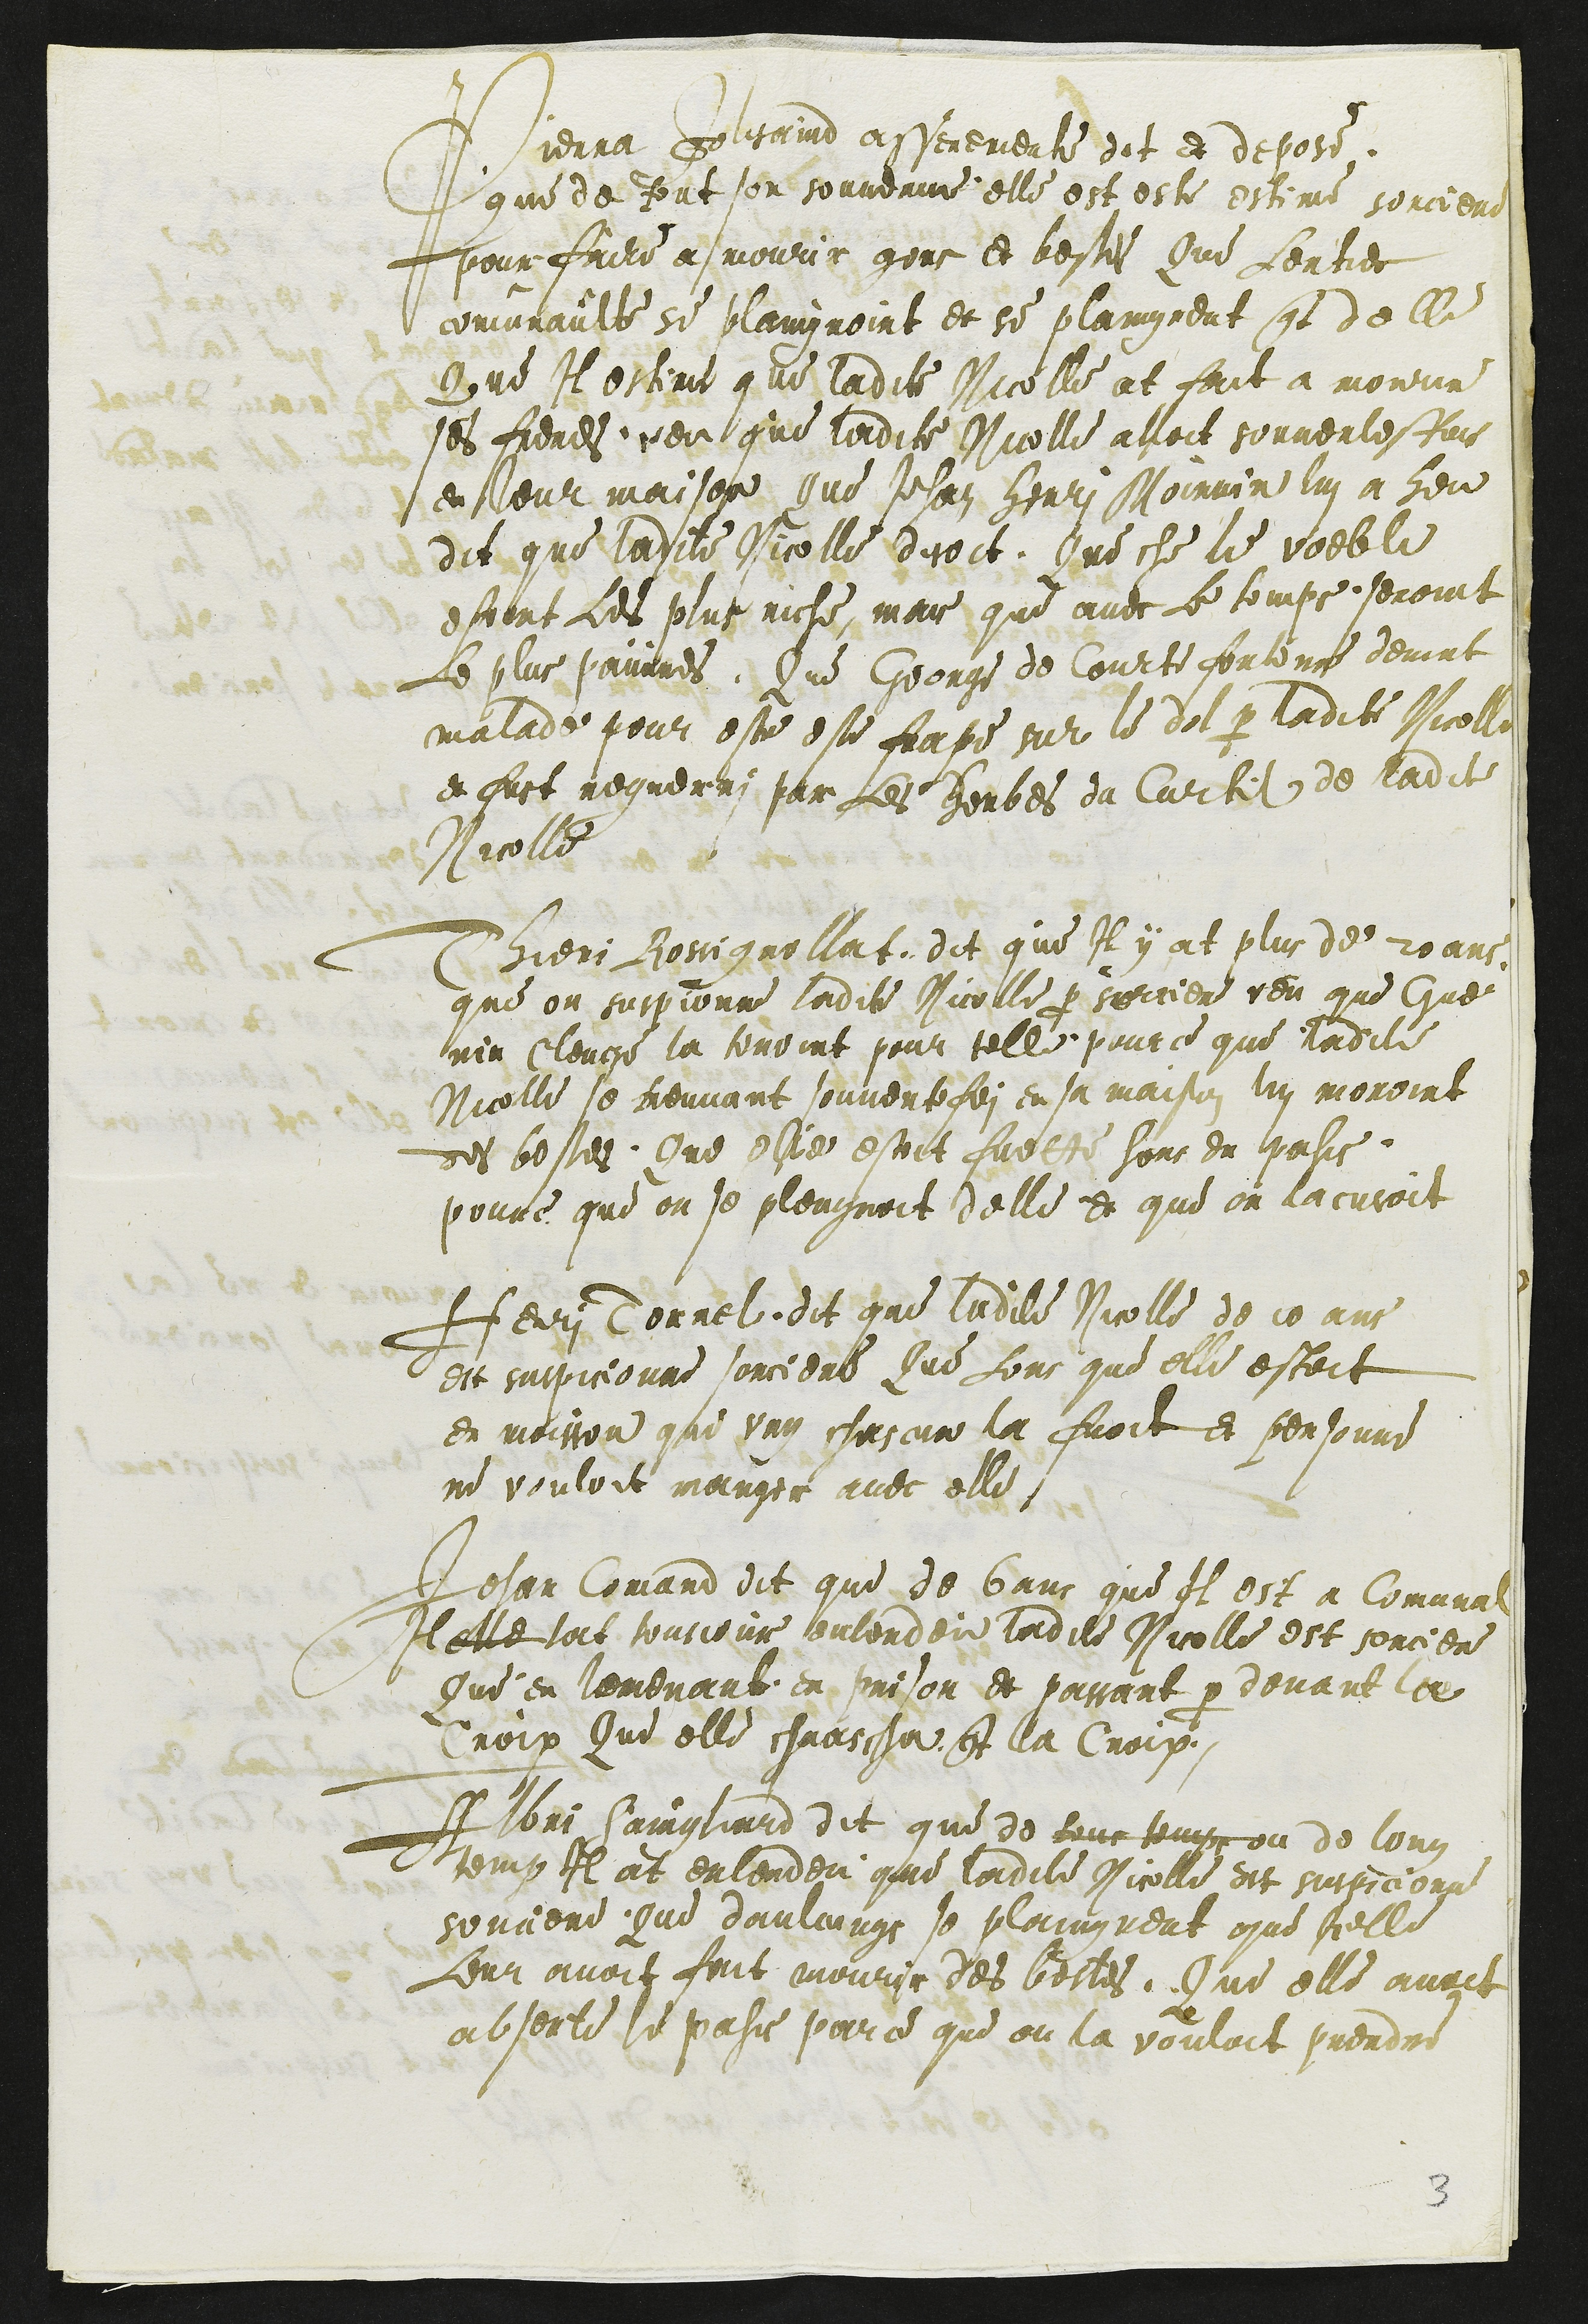
Pierra Jolisaind asseremente dit et depose,
que de tout son souvenire elle est este estime sorciere
pour faire a mourir gens et bestes Que Lentier
comunaulte se plaignoint et se plaingnent contre delle
Que Il estime que ladite Nicolle at fait a mourir
ses freres, et dit que ladite Nicolle alloit souventesfois
en leur maison Que Jehan Moinnin lui a heu
dit que ladite Nicolle disoit, Que che le voeble
estoint Les plus riche, mais que avec Le temps, seroint
Le plus pauvres. Que George de Courte fontenne devint
malade pour estre este frape sur le dol par ladite Nicolle
et fust reguerri par Les herbes du Curtil de ladite
Nicolle
Thieri Rossignollat, dit que Il y at plus de 20 ans
que on suspionne ladite Nicolle pour sorciere veu que Gue
rin Clerge la tenoit pour telle pour ce que ladite
Nicolle se treuvant souventefoi en sa maison lui moroint
des bestes. Que elle estoit fuette hors du pahis
pource que on se pleugnoit delle et que on lacusoit
Henri Tornel, dit que ladite Nicolle de 10 ans
est suspicionne sorciere Que Lors que elle estoit
en moisson que ung chascun la fuoit et personne
ne vouloit manger avec elle
Jehan Comand dit que de 6 ans que Il est a Comunal
Il elle lat tousjour entendeu ladite Nicolle est sorciere
Que en lamenant en prison et passant par devant la
Croix Que elle chrascha contre la Croix.
Albri Sainglard dit que de tous temps ou de long
temp Il at entendeu que ladite Nicolle est suspicionne
sorciere. Que daulcungs se plaingnent que Icelle
Leur avoit fait mourir des bestes. Que elle avoit
absente le pahis parce que on la vouloit prendre